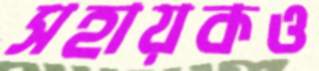
সহায়কও